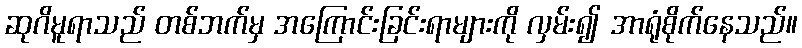
ဆုဂိမူရာသည် တစ်ဘက်မှ အကြောင်းခြင်းရာများကို လှမ်း၍ အာရုံစိုက်နေသည်။